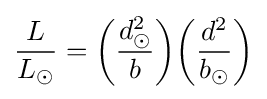
{\frac {L}{L_{\odot }}}={\bigg (}{\frac {d_{\odot }^{2}}{b}}{\bigg )}{\bigg (}{\frac {d^{2}}{b_{\odot }}}{\bigg )}